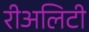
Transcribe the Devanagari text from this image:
रीअलिटी